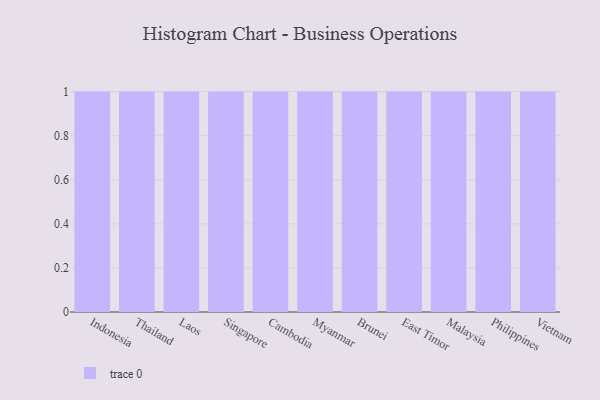
{"axis": {"x": "Country", "y": "Bounce Rate (%)"}, "legend": [""], "data": [{"x": "Indonesia", "y": 64, "type": ""}, {"x": "Thailand", "y": 15, "type": ""}, {"x": "Laos", "y": 40, "type": ""}, {"x": "Singapore", "y": 21, "type": ""}, {"x": "Cambodia", "y": 60, "type": ""}, {"x": "Myanmar", "y": 22, "type": ""}, {"x": "Brunei", "y": 39, "type": ""}, {"x": "East Timor", "y": 49, "type": ""}, {"x": "Malaysia", "y": 53, "type": ""}, {"x": "Philippines", "y": 47, "type": ""}, {"x": "Vietnam", "y": 79, "type": ""}]}